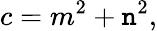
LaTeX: c=m^{2}+\mathtt{n}^{2},